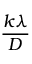
\displaystyle { \frac { k \lambda } { D } }